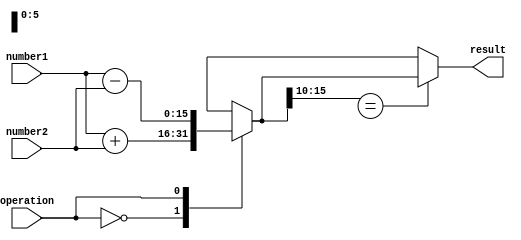
module half_precision_float_unit (
    input [15:0] number1,
    input [15:0] number2,
    input       operation,  // 0: addition, 1: subtraction, 2: multiplication, 3: division
    output reg [15:0] result
);

reg [15:0] temp_result;

always @(*) begin
    case(operation)
        0: temp_result = number1 + number2; // Addition
        1: temp_result = number1 - number2; // Subtraction
        2: temp_result = number1 * number2; // Multiplication
        3: temp_result = number1 / number2; // Division
    endcase
end

always @(*) begin
    case(temp_result[15:10])
        6'b0xxxxxx: result = temp_result; // No rounding needed
        6'b10xxxx: result = temp_result + 1; // Round up
        6'b110xxx: result = temp_result + 2; // Round up
        6'b1110xx: result = temp_result + 4; // Round up
        6'b1111xx: result = temp_result + 8; // Round up
        default: result = temp_result; // No rounding needed
    endcase
end

endmodule